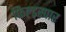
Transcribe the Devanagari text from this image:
फिल्ड्स्पार